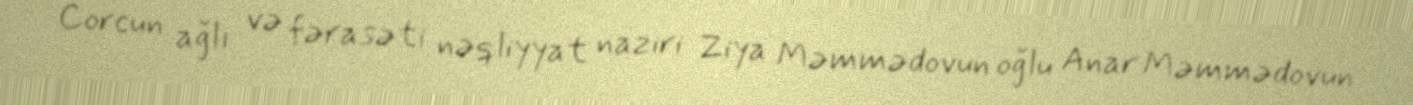
Corcun ağlı və fərasəti nəqliyyat naziri Ziya Məmmədovun oğlu Anar Məmmədovun